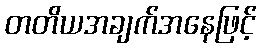
တတိယအချက်အနေဖြင့်